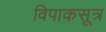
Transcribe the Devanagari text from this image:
विपाकसूत्र